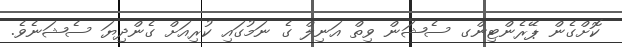
ކޮށްގެން ޕޭރެންޓިންގ ސެޝަން ވިތް އަނިލް ގެ ނަމުގައި ކުރިއަށް ގެންދިޔަ ސެޝަނެވެ.